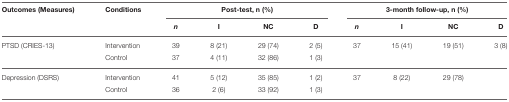
| Outcomes (Measures) | Conditions | <COLSPAN=4> Post-test, n (%) | <COLSPAN=4> 3-month follow-up, n (%) |
 |  |  | n | I | NC | D | n | I | NC | D |
 | --- | --- | --- | --- | --- | --- | --- | --- | --- | --- |
 | PTSD (CRIES-13) | Intervention | 39 | 8 (21) | 29 (74) | 2 (5) | 37 | 15 (41) | 19 (51) | 3 (8) |
 |  | Control | 37 | 4 (11) | 32 (86) | 1 (3) |  |  |  |  |
 | Depression (DSRS) | Intervention | 41 | 5 (12) | 35 (85) | 1 (2) | 37 | 8 (22) | 29 (78) |  |
 |  | Control | 36 | 2 (6) | 33 (92) | 1 (3) |  |  |  |  |